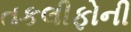
તકલીફોની